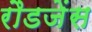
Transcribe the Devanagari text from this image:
रौडजेंस